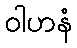
ဝါဟနံ